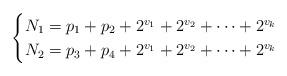
LaTeX: \begin{align*} \begin{cases} N_{1} = p_{1}+p_{2}+2^{v_{1}}+2^{v_{2}}+\cdots+2^{v_{k}}\\ N_{2} = p_{3}+p_{4}+2^{v_{1}}+2^{v_{2}}+\cdots+2^{v_{k}}\end{cases}\end{align*}